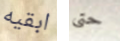
ابقيه حتى